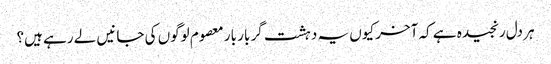
ہر دل رنجیدہ ہے کہ آخر کیوں یہ دہشت گر بار بار معصوم لوگوں کی جانیں لے رہے ہیں؟